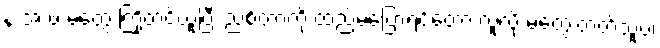
န.အ.ဖ မဲတွေ ကြိုတင်ယူပြီး ညစ်တာကို ထည့်မပြောရင်တော့ လူလို မတွေးတတ်သူပဲ၊